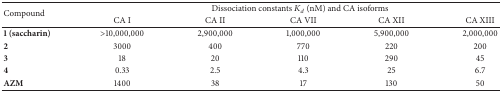
| <ROWSPAN=2> Compound | <COLSPAN=5> Dissociation constants Kd (nM) and CA isoforms |
 | CA I | CA II | CA VII | CA XII | CA XIII |
 | --- | --- | --- | --- | --- | --- |
 | 1 (saccharin) | >10,000,000 | 2,900,000 | 1,000,000 | 5,900,000 | 2,000,000 |
 | 2 | 3000 | 400 | 770 | 220 | 200 |
 | 3 | 18 | 20 | 110 | 290 | 45 |
 | 4 | 0.33 | 2.5 | 4.3 | 25 | 6.7 |
 | AZM | 1400 | 38 | 17 | 130 | 50 |